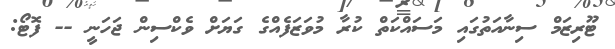
ޓޫރިޒަމް ސިނާއަތުގައި މަސައްކަތް ކުރާ މުވަޒަފެއްގެ ގަޔަށް ވެކްސިން ޖަހަނީ -- ފޮޓޯ: